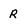
Character: R